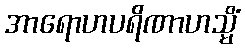
အာရောဟပရိဏာဟသ္မိံ